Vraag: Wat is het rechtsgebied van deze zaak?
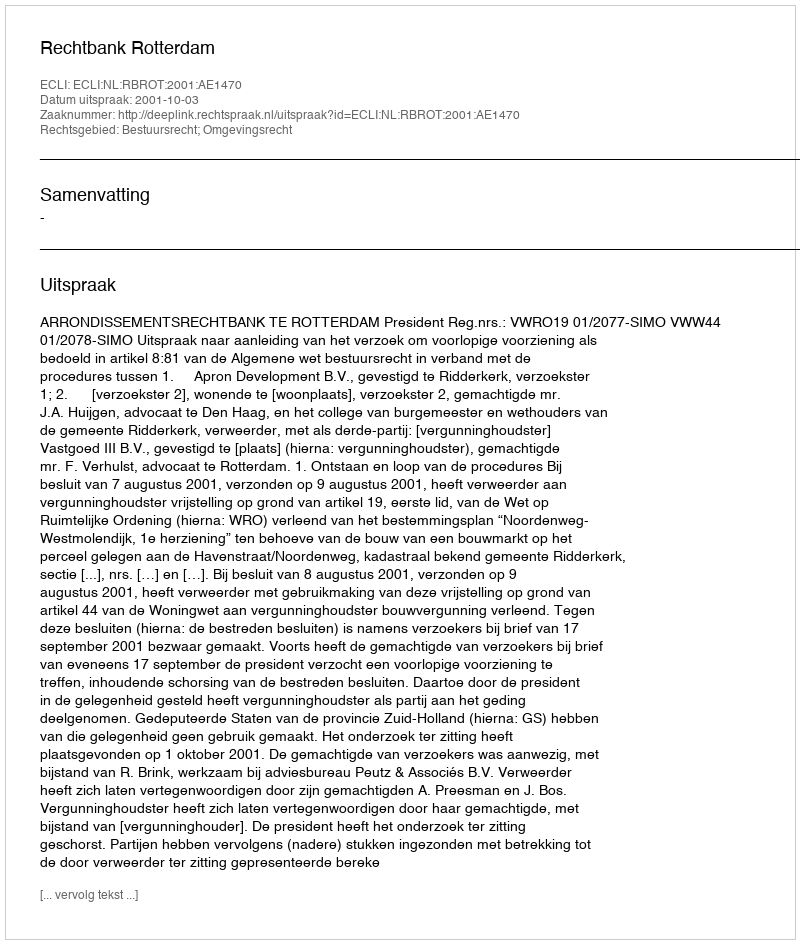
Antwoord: Bestuursrecht; Omgevingsrecht